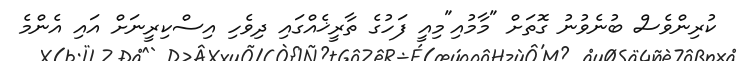
ކުރިންވެސް ބުނެވުނު ގޮތަށް "މާމުއި"މިއީ ފަހުގެ ތާރީޚެއްގައި ދިވެހި އިސްކިރީނަށް އައި އެންމެ